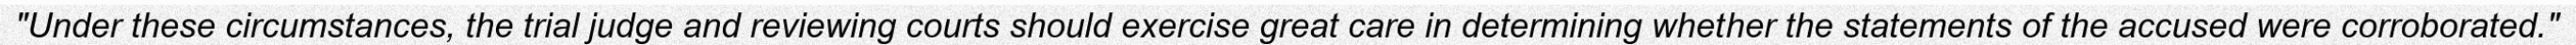
"Under these circumstances, the trial judge and reviewing courts should exercise great care in determining whether the statements of the accused were corroborated."